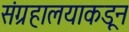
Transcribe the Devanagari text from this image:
संग्रहालयाकडून